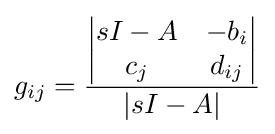
g_{ij}={\frac {\begin{vmatrix}sI-A&-b_{i}\\c_{j}&d_{ij}\end{vmatrix}}{|sI-A|}}